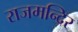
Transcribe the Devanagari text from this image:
राजमन्दिर